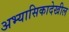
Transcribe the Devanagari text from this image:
अभ्यासिकादेखील